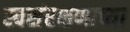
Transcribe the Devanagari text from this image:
स्वसंरक्षणाच्या